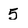
Character: 5